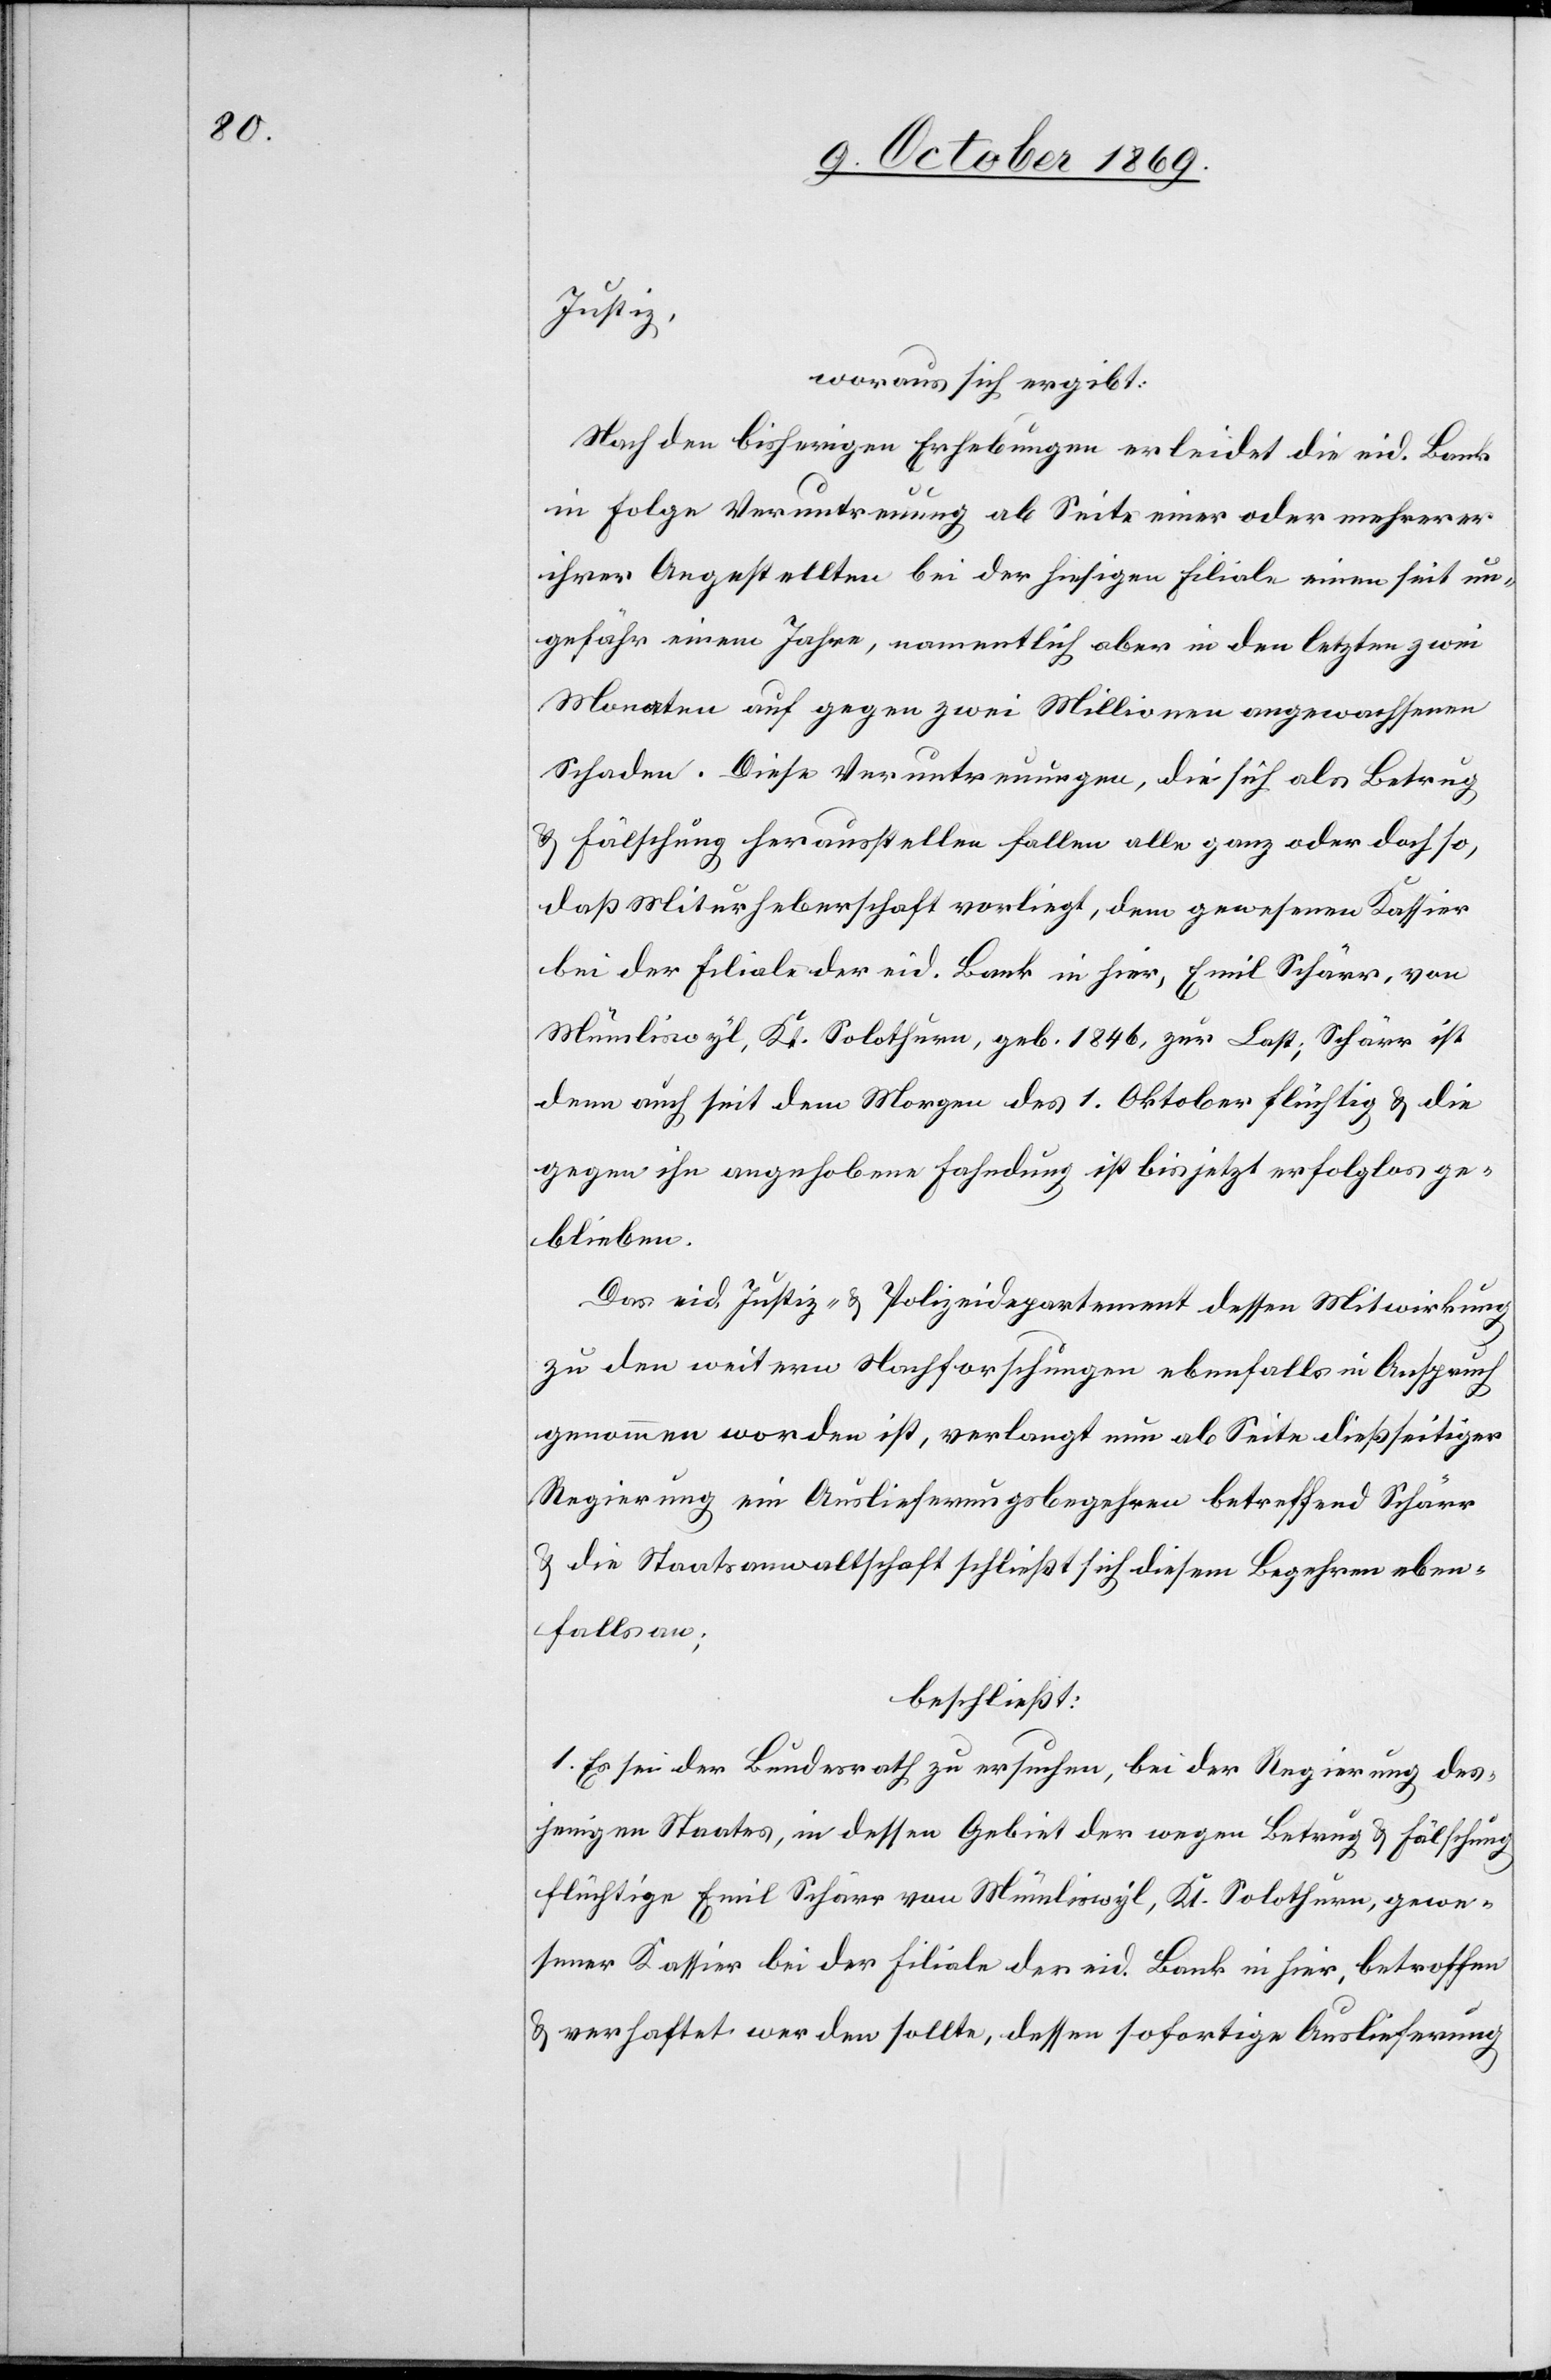
Justiz,
woraus sich ergibt:
Nach den bisherigen Erhebungen erleidet die eid. Bank
in Folge Veruntreuung ab Seite einer oder mehrerer
ihrer Angestellten bei der hiesigen Filiale einen seit un¬
gefähr einem Jahre, namentlich aber in den letzten zwei
Monaten auf gegen zwei Millionen angewachsenen
Schaden. Diese Veruntreuungen, die sich als Betrug
& Fälschung herausstellen fallen alle ganz oder doch so,
daß Miturheberschaft vorliegt, dem gewesenen Kassier
bei der Filiale der eid. Bank in hier, Emil Schärr, von
Mümliswyl, Kt. Solothurn, geb. 1846, zur Last; Schärr ist
denn auch seit dem Morgen des 1. Oktober flüchtig & die
gegen ihn angehobene Fahndung ist bis jetzt erfolglos ge¬
blieben.
Das eid. Justiz- & Polizeidepartement dessen Mitwirkung
zu den weitern Nachforschungen ebenfalls in Anspruch
genommen worden ist, verlangt nun ab Seite dießseitiger
Regierung ein Auslieferungsbegehren betreffend Schärr
& die Staatsanwaltschaft schließt sich diesem Begehren eben¬
falls an;
beschließt:
1. Es sei der Bundesrath zu ersuchen, bei der Regierung des¬
jenigen Staates, in dessen Gebiet der wegen Betrug & Fälschung
flüchtige Emil Schärr von Mümliswyl, Kt. Solothurn, gewe¬
sener Kassier bei der Filiale der eid. Bank in hier, betroffen
& verhaftet werden sollte, dessen sofortige Auslieferung